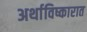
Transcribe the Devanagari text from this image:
अर्थाविष्कारात